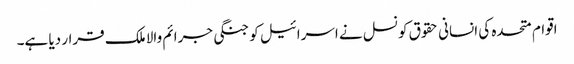
اقوام متحدہ کی انسانی حقوق کونسل نے اسرائیل کو جنگی جرائم والا ملک قرار دیا ہے۔